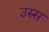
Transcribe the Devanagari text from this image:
उरुस